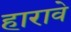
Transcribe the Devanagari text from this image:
हारावे